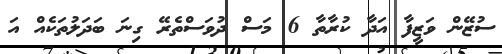
ސުޒޭން ވަޒީފާ އަދާ ކުރާތާ 6 މަސް ދުވަސްތެރޭ ގިނަ ބަދަލުތަކެއް އަ